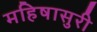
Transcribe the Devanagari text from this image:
महिषासुरी